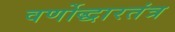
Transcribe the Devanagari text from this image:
वर्णोद्धारतंत्र